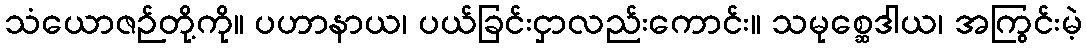
သံယောဇဉ်တို့ကို။ ပဟာနာယ၊ ပယ်ခြင်းငှာလည်းကောင်း။ သမုစ္ဆေဒါယ၊ အကြွင်းမဲ့